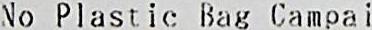
NO PLASTIC BAG CAMPAI